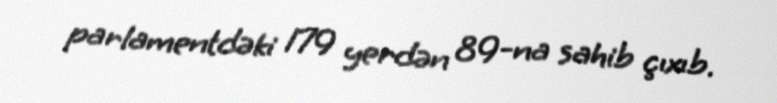
parlamentdəki 179 yerdən 89-na sahib çıxıb.